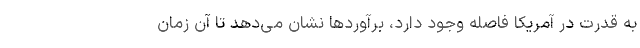
به قدرت در آمریکا فاصله وجود دارد، برآوردها نشان می‌دهد تا آن زمان